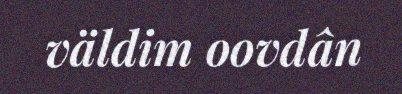
väldim oovdân